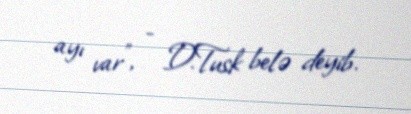
ayı var”, - D.Tusk belə deyib.